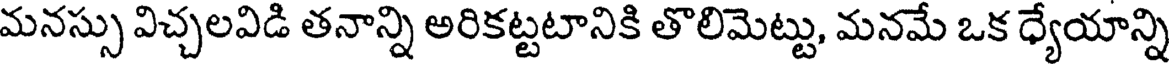
మనస్సు విచ్చలవిడి తనాన్ని అరికట్టటానికి తొలిమెట్టు, మనమే ఒక ధ్యేయాన్ని